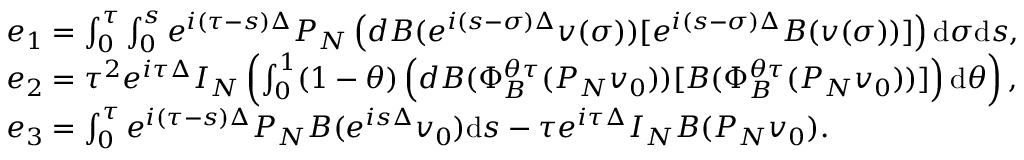
\begin{array} { r l } & { e _ { 1 } = \int _ { 0 } ^ { \tau } \int _ { 0 } ^ { s } e ^ { i ( \tau - s ) \Delta } P _ { N } \left( d B ( e ^ { i ( s - \sigma ) \Delta } v ( \sigma ) ) [ e ^ { i ( s - \sigma ) \Delta } B ( v ( \sigma ) ) ] \right) \mathrm { d } \sigma \mathrm { d } s , } \\ & { e _ { 2 } = \tau ^ { 2 } e ^ { i \tau \Delta } I _ { N } \left( \int _ { 0 } ^ { 1 } ( 1 - \theta ) \left( d B ( \Phi _ { B } ^ { \theta \tau } ( P _ { N } v _ { 0 } ) ) [ B ( \Phi _ { B } ^ { \theta \tau } ( P _ { N } v _ { 0 } ) ) ] \right) \mathrm { d } \theta \right) , } \\ & { e _ { 3 } = \int _ { 0 } ^ { \tau } e ^ { i ( \tau - s ) \Delta } P _ { N } B ( e ^ { i s \Delta } v _ { 0 } ) \mathrm { d } s - \tau e ^ { i \tau \Delta } I _ { N } B ( P _ { N } v _ { 0 } ) . } \end{array}